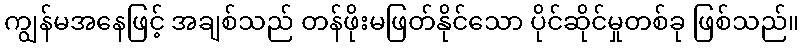
ကျွန်မအနေဖြင့် အချစ်သည် တန်ဖိုးမဖြတ်နိုင်သော ပိုင်ဆိုင်မှုတစ်ခု ဖြစ်သည်။